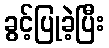
ခွင့်ပြုခဲ့ပြီး